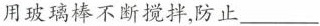
用玻璃棒不断搅拌，防止___